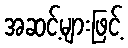
အဆင့်များဖြင့်